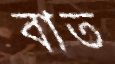
বাত